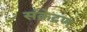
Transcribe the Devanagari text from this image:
संक्रेद्रण